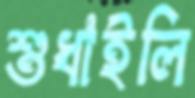
শুধাইলি